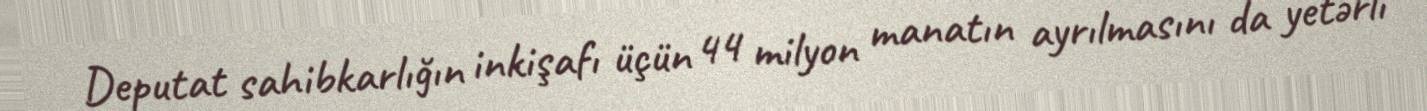
Deputat sahibkarlığın inkişafı üçün 44 milyon manatın ayrılmasını da yetərli